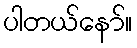
ပါတယ်နော်။